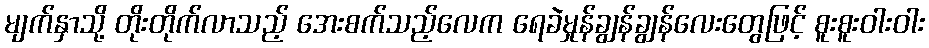
မျက်နှာသို့ တိုးတိုက်လာသည့် အေးစက်သည့်လေက ရေခဲမှုန်ချွန်ချွန်လေးတွေဖြင့် စူးစူးဝါးဝါး